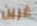
غرين